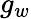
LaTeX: g_{w}